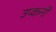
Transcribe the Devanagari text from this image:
उप्कर्नो